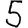
Digit: 5